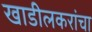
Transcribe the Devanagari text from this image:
खाडीलकरांचा